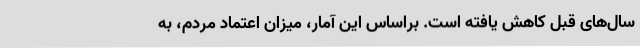
سال‌های قبل کاهش یافته است. براساس این آمار، میزان اعتماد مردم، به